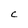
Character: c